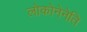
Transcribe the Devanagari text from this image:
लोकोनेनेति